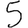
Digit: 5